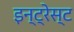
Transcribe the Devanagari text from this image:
इन्ट्रेस्ट